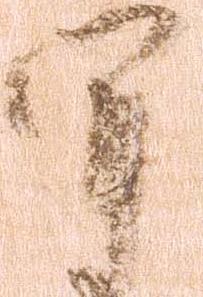
軍